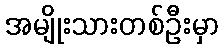
အမျိုးသားတစ်ဦးမှာ